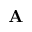
\mathbf A